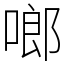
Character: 啷